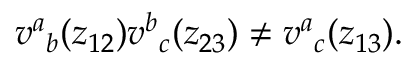
v ^ { a } { } _ { b } ( z _ { 1 2 } ) v ^ { b } { } _ { c } ( z _ { 2 3 } ) \neq v ^ { a } { } _ { c } ( z _ { 1 3 } ) .